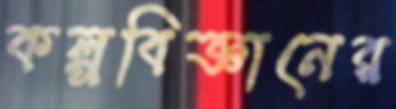
কল্পবিজ্ঞানের